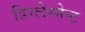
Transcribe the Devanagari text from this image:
डिस्लेस्मेन्ट